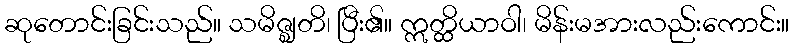
ဆုတောင်းခြင်းသည်။ သမိဇ္ဈတိ၊ ပြီး၏။ ဣတ္ထိယာဝါ၊ မိန်းမအားလည်းကောင်း။